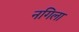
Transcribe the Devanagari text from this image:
नगिला